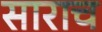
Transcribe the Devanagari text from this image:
साराच